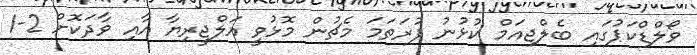
ވޯލްޑްކަޕުގައި ބެލްޖިއަމް ކުޅުނު ފުރަތަމަ މެޗުން މޮޅުވީ އަލްޖީރިޔާ އާއި ވާދަކޮށް 2-1